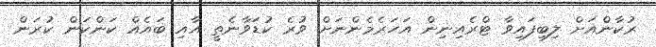
ރުކާންއަށް ލިބިފައިވާ ޓްރެއިނިން އަހަރެމެންނަށް ވުރެ ކުޑަވާނެތީ އާއި ބައެއް ކަންކަން ކުރަން